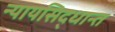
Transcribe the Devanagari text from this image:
न्यायसिद्धान्त